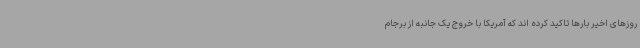
روزهای اخیر بارها تاکید کرده اند که آمریکا با خروج یک جانبه از برجام